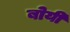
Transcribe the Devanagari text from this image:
बोयी